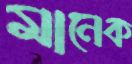
মানেক